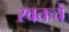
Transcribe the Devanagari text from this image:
स्वतःचे